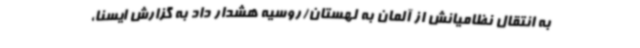
به انتقال نظامیانش از آلمان به لهستان/روسیه هشدار داد به گزارش ایسنا،